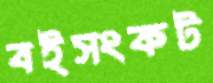
বইসংকট